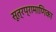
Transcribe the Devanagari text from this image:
सूत्रप्रामाणिका